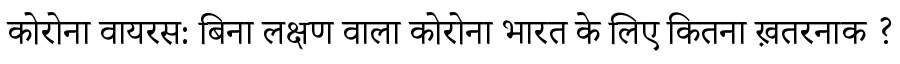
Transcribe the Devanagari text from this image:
कोरोना वायरस: बिना लक्षण वाला कोरोना भारत के लिए कितना ख़तरनाक ?